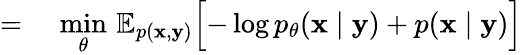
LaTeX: \begin{array}{rl}{=\, }&{{}\underset{\mathbf{\theta}}{\operatorname*{min}}\, \mathbb{E}_{p(\mathbf{x},\mathbf{y})}\Bigl[-\log p_{\theta}(\mathbf{x}\mid\mathbf{y})+p(\mathbf{x}\mid\mathbf{y})\Bigr]}\end{array}